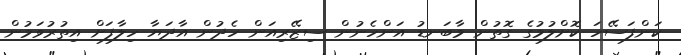
ކަންފަސޭހަ ކޮށްލުމުގެ ގޮތުން މާބަނޑު އަންހެނުން ސިޒޭރިއަން ހެދުން އާދަޔާ ހިލާފަށް އިތުރުވަމުން